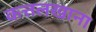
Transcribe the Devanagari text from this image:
कत्तलखाना